Indian journal of veterinary science and animal husbandry - Volume 9,
Year: 1939
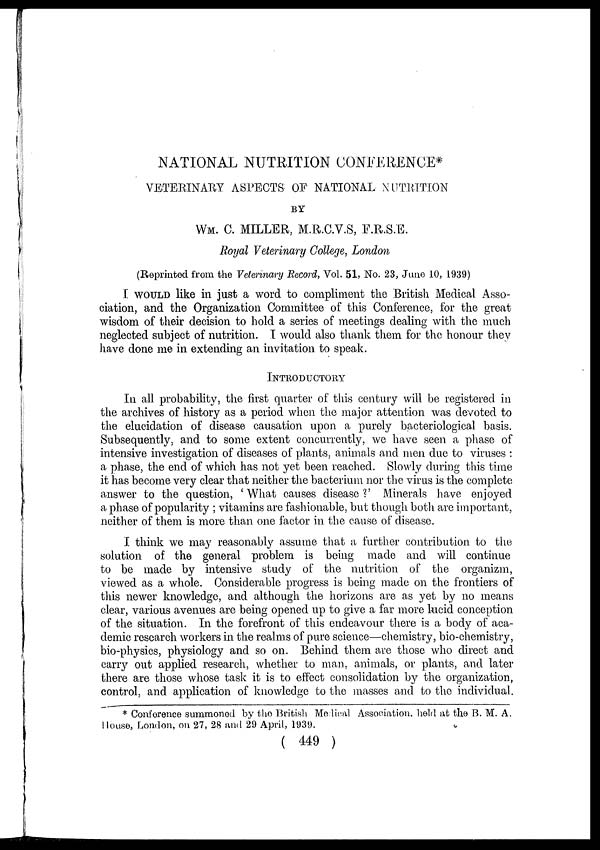
NATIONAL NUTRITION CONFERENCE*
VETERINARY ASPECTS OF NATIONAL NUTRITION
BY
WM. C. MILLER, M.R.C.V.S, F.R.S.E.
Royal Veterinary College, London
(Reprinted from the Veterinary Record, Vol. 51, No. 23, June 10, 1939)
I WOULD like in just a word to compliment the British Medical Asso-
ciation, and the Organization Committee of this Conference, for the great
wisdom of their decision to hold a series of meetings dealing with the much
neglected subject of nutrition. I would also thank them for the honour they
have done me in extending an invitation to speak.
INTRODUCTORY
In all probability, the first quarter of this century will be registered in
the archives of history as a period when the major attention was devoted to
the elucidation of disease causation upon a purely bacteriological basis.
Subsequently, and to some extent concurrently, we have seen a phase of
intensive investigation of diseases of plants, animals and men due to viruses :
a phase, the end of which has not yet been reached. Slowly during this time
it has become very clear that neither the bacterium nor the virus is the complete
answer to the question, ' What causes disease?' Minerals have enjoyed
a phase of popularity ; vitamins are fashionable, but though both are important,
neither of them is more than one factor in the cause of disease.
I think we may reasonably assume that a further contribution to the
solution of the general problem is being made and will continue
to be made by intensive study of the nutrition of the organizm,
viewed as a whole. Considerable progress is being made on the frontiers of
this newer knowledge, and although the horizons are as yet by no means
clear, various avenues are being opened up to give a far more lucid conception
of the situation. In the forefront of this endeavour there is a body of aca-
demic research workers in the realms of pure science—chemistry, bio-chemistry,
bio-physics, physiology and so on. Behind them are those who direct and
carry out applied research, whether to man, animals, or plants, and later
there are those whose task it is to effect consolidation by the organization,
control, and application of knowledge to the masses and to the individual.
* Conference summoned by the British Medical Association, held at the B. M. A.
House, London, on 27, 28 and 29 April, 1939.
( 449 )